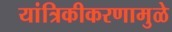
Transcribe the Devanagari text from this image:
यांत्रिकीकरणामुळे